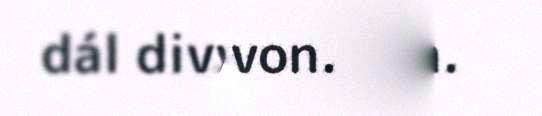
dál divvojuvvon.